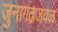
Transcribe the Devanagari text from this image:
जुनागढजवळ